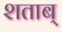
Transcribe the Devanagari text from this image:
शताब्